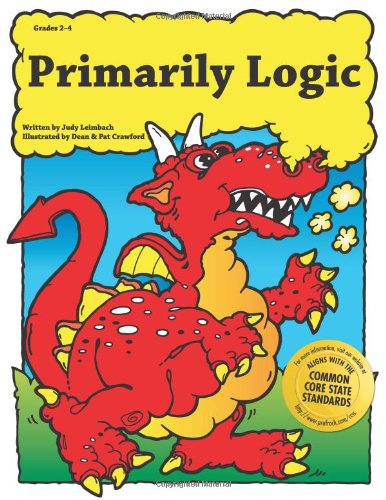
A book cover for Primarily Logic, Grades 2-4; Judy Leimbach; Humor & Entertainment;